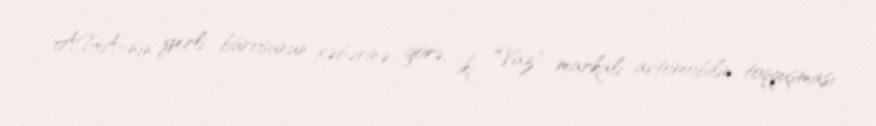
APA-nın yerli bürosunun xəbərinə görə, iki "Vaz" markalı avtomobilin toqquşması